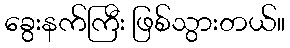
ခွေးနက်ကြီး ဖြစ်သွားတယ်။